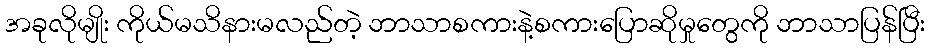
အခုလိုမျိုး ကိုယ်မသိနားမလည်တဲ့ ဘာသာစကားနဲ့စကားပြောဆိုမှုတွေကို ဘာသာပြန်ပြီး